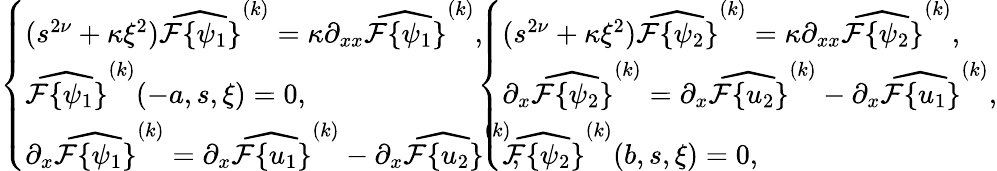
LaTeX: \begin{array}{rcll}{\left\{ \begin{array}{ll}{(s^{2\nu}+\kappa\xi^{2})\widehat{\mathcal{F}\{ \psi_{1}\} }^{(k)}=\kappa\partial_{xx}\widehat{\mathcal{F}\{ \psi_{1}\} }^{(k)},}\\ {\widehat{\mathcal{F}\{ \psi_{1}\} }^{(k)}(-a,s,\xi)=0,}\\ {\partial_{x}\widehat{\mathcal{F}\{ \psi_{1}\} }^{(k)}=\partial_{x}\widehat{\mathcal{F}\{ u_{1}\} }^{(k)}-\partial_{x}\widehat{\mathcal{F}\{ u_{2}\} }^{(k)},}\end{array}\right.}\end{array}\! \! \! \! \! \! \! \! \! \begin{array}{rcll}{\left\{ \begin{array}{ll}{(s^{2\nu}+\kappa\xi^{2})\widehat{\mathcal{F}\{ \psi_{2}\} }^{(k)}=\kappa\partial_{xx}\widehat{\mathcal{F}\{ \psi_{2}\} }^{(k)},}\\ {\partial_{x}\widehat{\mathcal{F}\{ \psi_{2}\} }^{(k)}=\partial_{x}\widehat{\mathcal{F}\{ u_{2}\} }^{(k)}-\partial_{x}\widehat{\mathcal{F}\{ u_{1}\} }^{(k)},}\\ {\widehat{\mathcal{F}\{ \psi_{2}\} }^{(k)}(b,s,\xi)=0,}\end{array}\right.}\end{array}